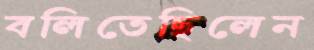
বলিতেছিলেন